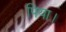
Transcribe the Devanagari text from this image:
पिया।